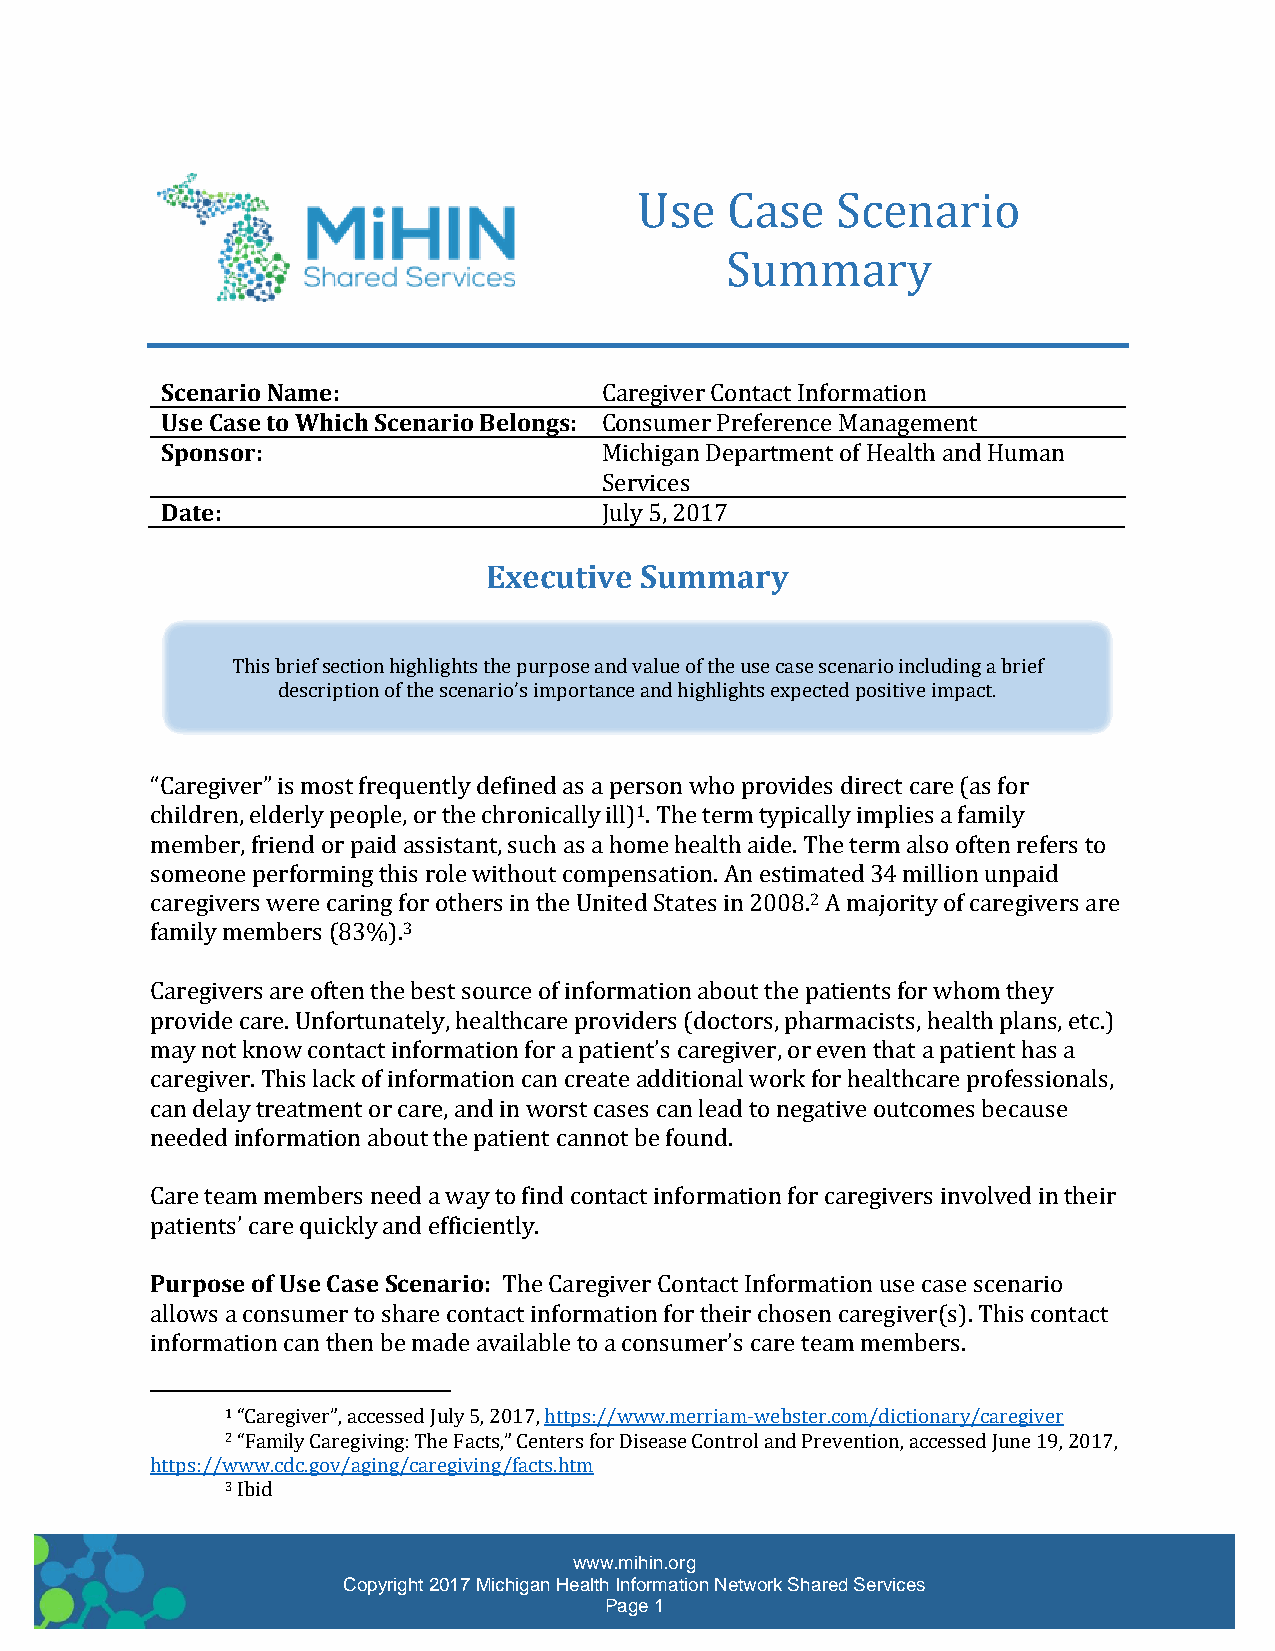
Use   Case   Scenario
 Summary
 Scenario Name:               Caregiver Contact Information
 Use Case to Which Scenario Belongs: Consumer Preference Management
 Sponsor:                     Michigan Department of Health and Human
 Services
 Date:                        July 5, 2017
 Executive Summary
 This brief section highlights the purpose and value of the use case scenario including a brief
 description of the scenario’s importance and highlights expected positive impact.
 “Caregiver” is most frequently defined as a person who provides direct care (as for
 children, elderly people, or the chronically ill)1. The term typically implies a family
 member, friend or paid assistant, such as a home health aide. The term also often refers to
 someone performing this role without compensation. An estimated 34 million unpaid
 caregivers were caring for others in the United States in 2008.2 A majority of caregivers are
 family members (83%).3
 Caregivers are often the best source of information about the patients for whom they
 provide care. Unfortunately, healthcare providers (doctors, pharmacists, health plans, etc.)
 may not know contact information for a patient’s caregiver, or even that a patient has a
 caregiver. This lack of information can create additional work for healthcare professionals,
 can delay treatment or care, and in worst cases can lead to negative outcomes because
 needed information about the patient cannot be found.
 Care team members need a way to find contact information for caregivers involved in their
 patients’ care quickly and efficiently.
 Purpose of Use Case Scenario: The Caregiver Contact Information use case scenario
 allows a consumer to share contact information for their chosen caregiver(s). This contact
 information can then be made available to a consumer’s care team members.
 1 “Caregiver”, accessed July 5, 2017, https://www.merriam-webster.com/dictionary/caregiver
 2 “Family Caregiving: The Facts,” Centers for Disease Control and Prevention, accessed June 19, 2017,
 https://www.cdc.gov/aging/caregiving/facts.htm
 3 Ibid
 www.mihin.org
 Copyright 2017 Michigan Health Information Network Shared Services
 Page 1